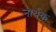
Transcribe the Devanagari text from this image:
नार्थक